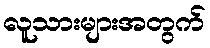
လူသားများအတွက်